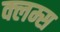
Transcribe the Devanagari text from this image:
क्लम्स